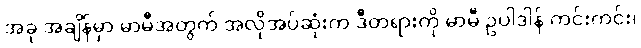
အခု အချိန်မှာ မာမီအတွက် အလိုအပ်ဆုံးက ဒီတရားကို မာမီ ဥပါဒါန် ကင်းကင်း၊